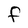
Character: F